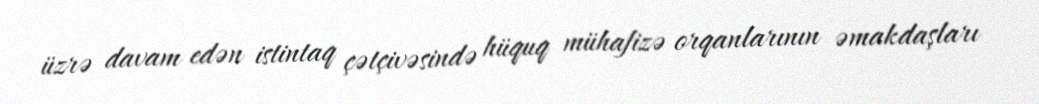
üzrə davam edən istintaq çətçivəsində hüquq mühafizə orqanlarının əmakdaşları